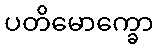
ပတိမောက္ခော